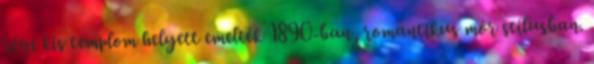
régi kis templom helyett emelték 1890-ban, romantikus mór stílusban.